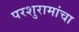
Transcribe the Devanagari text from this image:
परशुरामांचा